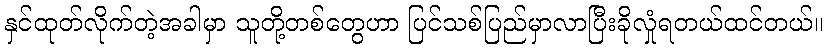
နှင်ထုတ်လိုက်တဲ့အခါမှာ သူတို့တစ်တွေဟာ ပြင်သစ်ပြည်မှာလာပြီးခိုလှုံရတယ်ထင်တယ်။